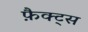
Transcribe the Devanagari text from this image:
फ़ैक्ट्स